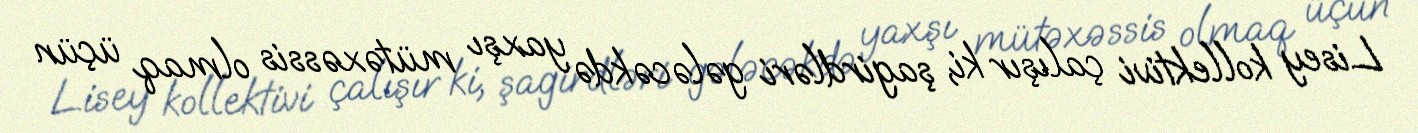
Lisey kollektivi çalışır ki, şagirdləri gələcəkdə yaxşı mütəxəssis olmaq üçün